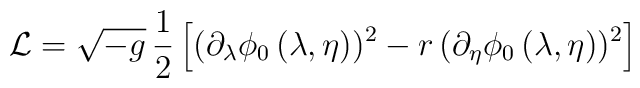
{\cal L} = \sqrt{-g} \,{1\over 2} \left[ (\partial_\lambda\phi_0\,(\lambda,\eta))^2 -r\,(\partial_\eta\phi_0\,(\lambda,\eta))^2 \right]